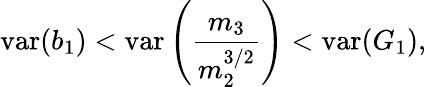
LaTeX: \operatorname{var}(b_{1})<\operatorname{var}\left({\frac{m_{3}}{m_{2}^{3/2}}}\right)<\operatorname{var}(G_{1}),